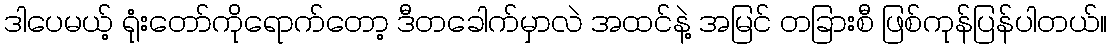
ဒါပေမယ့် ရုံးတော်ကိုရောက်တော့ ဒီတခေါက်မှာလဲ အထင်နဲ့ အမြင် တခြားစီ ဖြစ်ကုန်ပြန်ပါတယ်။